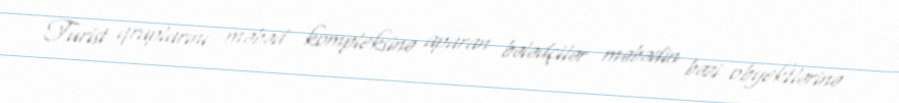
Turist qruplarını məbəd kompleksinə aparan bələdçilər məbədin bəzi obyektlərinə